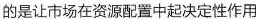
的是让市场在资源配置中起决定性作用